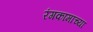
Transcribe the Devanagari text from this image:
रंगकामाच्या